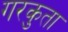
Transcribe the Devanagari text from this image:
गरकुता